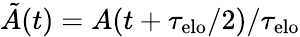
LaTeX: \tilde{A}(t)=A(t+\tau_{\mathrm{elo}}/2)/\tau_{\mathrm{elo}}